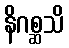
နိဂစ္ဆသိ